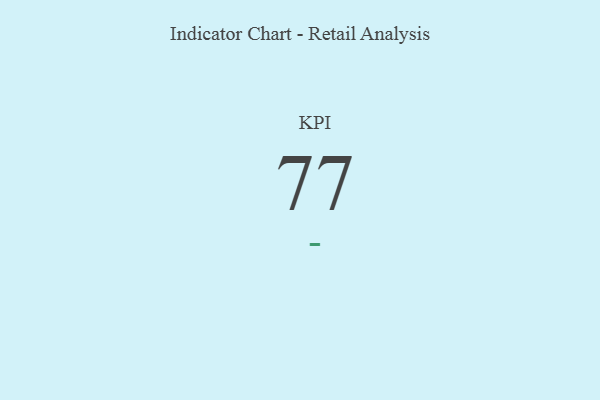
{"axis": {"x": "KPI", "y": "Value"}, "legend": [""], "data": [{"x": "KPI", "y": 77, "type": ""}]}